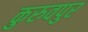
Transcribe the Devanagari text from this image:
कुरुवपुर